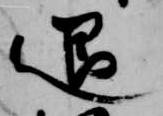
退